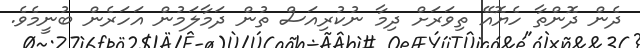
ދެން ދޮންތާ ހެޔޮއޭ ތިވަރަށް ދިމާ ނުކުރިއަސް ތުން ދަމާލަމުން އަހަރެން ބުނީމެވެ.